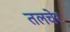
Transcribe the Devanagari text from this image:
तलचेर